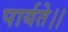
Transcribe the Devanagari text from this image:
पार्यते।।